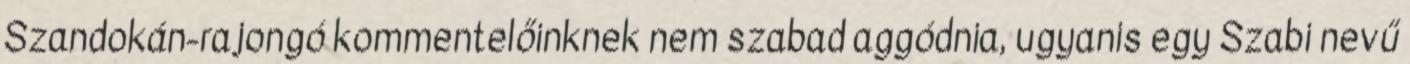
Szandokán-rajongó kommentelőinknek nem szabad aggódnia, ugyanis egy Szabi nevű